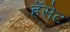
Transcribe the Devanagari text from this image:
हॅसेट